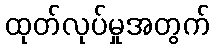
ထုတ်လုပ်မှုအတွက်